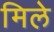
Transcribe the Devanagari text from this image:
मिले